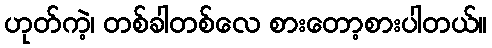
ဟုတ်ကဲ့၊ တစ်ခါတစ်လေ စားတော့စားပါတယ်။